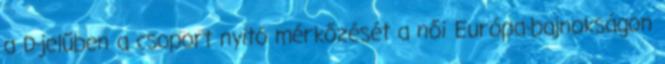
a D-jelűben a csoport nyitó mérkőzését a női Európa-bajnokságon